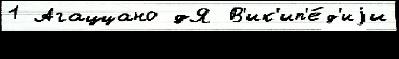
1 Агаццано дЯ В'ик'ип'е́д'иjи